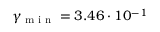
\gamma _ { \textup { m i n } } = 3 . 4 6 \cdot 1 0 ^ { - 1 }